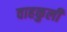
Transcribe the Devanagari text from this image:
वाहकुली